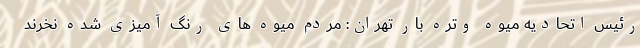
رئیس اتحادیه میوه وتره بار تهران: مردم میوه های رنگ آمیزی شده نخرند